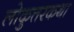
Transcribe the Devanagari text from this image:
लोकुत्तरकथा